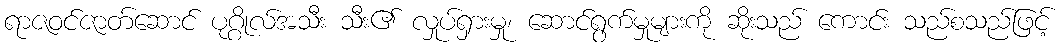
ရာဇဝင်ဇာတ်ဆောင် ပုဂ္ဂိုလ်အသီး သီး၏ လှုပ်ရှားမှု၊ ဆောင်ရွက်မှုများကို ဆိုးသည် ကောင်း သည်စသည်ဖြင့်